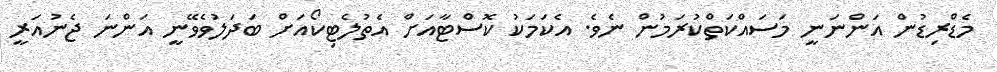
މެޑްރިޑުން އަންނަނީ މަސައްކަތްކުރަމުން ނެވެ. އެކަމަކު ކޮސްޓާއަށް އެތުލެޓިކޯއަށް ބަދަލުވެވޭނީ އަންނަ ޖެނުއަރީ